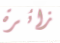
زائرة